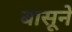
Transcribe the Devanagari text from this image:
बासूने